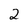
Character: 2